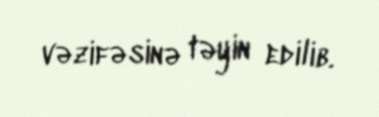
vəzifəsinə təyin edilib.